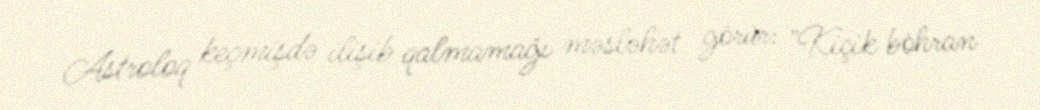
Astroloq keçmişdə ilişib qalmamağı məsləhət görür: "Kiçik böhran